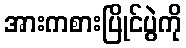
အားကစားပြိုင်ပွဲကို